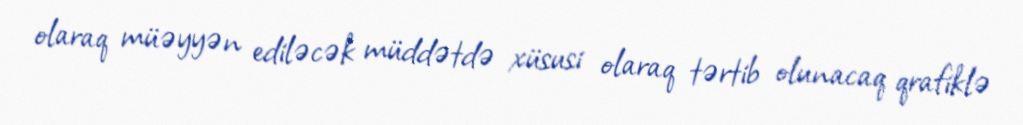
olaraq müəyyən ediləcək müddətdə xüsusi olaraq tərtib olunacaq qrafiklə